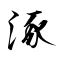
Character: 涿